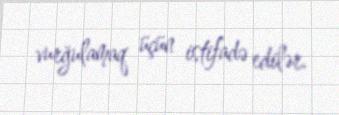
vurğulamaq üçün istifadə edilər.